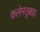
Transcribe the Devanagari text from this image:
कलेमतुल्लाह